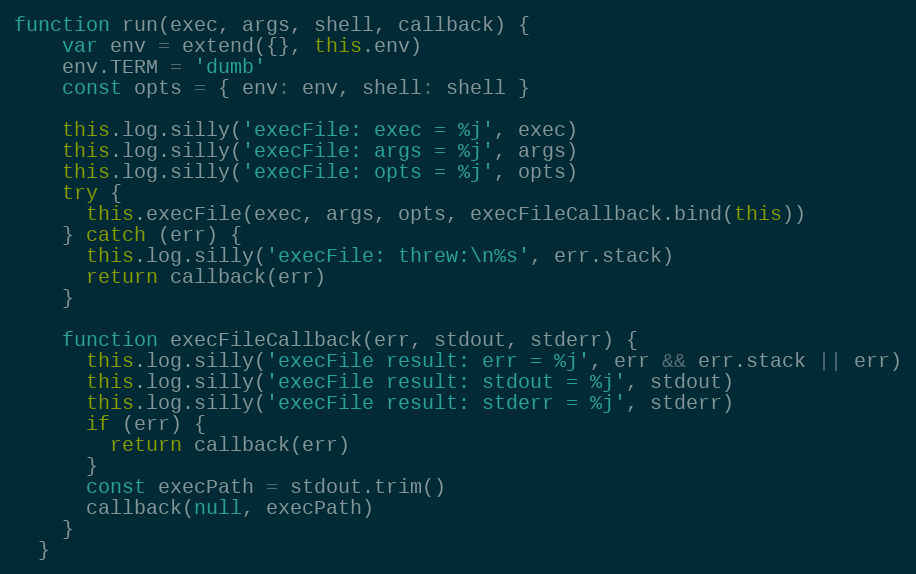
Language: JavaScript
function run(exec, args, shell, callback) {
    var env = extend({}, this.env)
    env.TERM = 'dumb'
    const opts = { env: env, shell: shell }

    this.log.silly('execFile: exec = %j', exec)
    this.log.silly('execFile: args = %j', args)
    this.log.silly('execFile: opts = %j', opts)
    try {
      this.execFile(exec, args, opts, execFileCallback.bind(this))
    } catch (err) {
      this.log.silly('execFile: threw:\n%s', err.stack)
      return callback(err)
    }

    function execFileCallback(err, stdout, stderr) {
      this.log.silly('execFile result: err = %j', err && err.stack || err)
      this.log.silly('execFile result: stdout = %j', stdout)
      this.log.silly('execFile result: stderr = %j', stderr)
      if (err) {
        return callback(err)
      }
      const execPath = stdout.trim()
      callback(null, execPath)
    }
  }